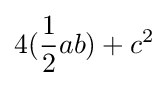
4({\frac {1}{2}}ab)+c^{2}